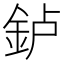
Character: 𰼥